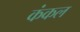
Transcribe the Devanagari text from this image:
कंकल